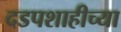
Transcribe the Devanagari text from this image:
दडपशाहीच्या